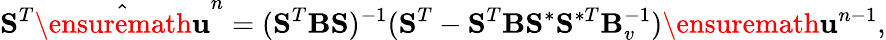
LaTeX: \mathbf{S}^{T}\hat{\ensuremath{\mathbf{u}}}^{n}=(\mathbf{S}^{T}\mathbf{B}\mathbf{S})^{-1}(\mathbf{S}^{T}-\mathbf{S}^{T}\mathbf{B}\mathbf{S}^{\ast}\mathbf{S}^{\ast T}\mathbf{B}_{v}^{-1})\ensuremath{\mathbf{u}}^{n-1},